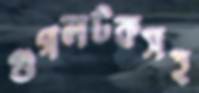
গুগলটকসহ